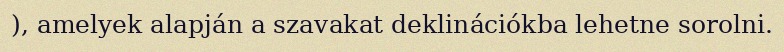
), amelyek alapján a szavakat deklinációkba lehetne sorolni.